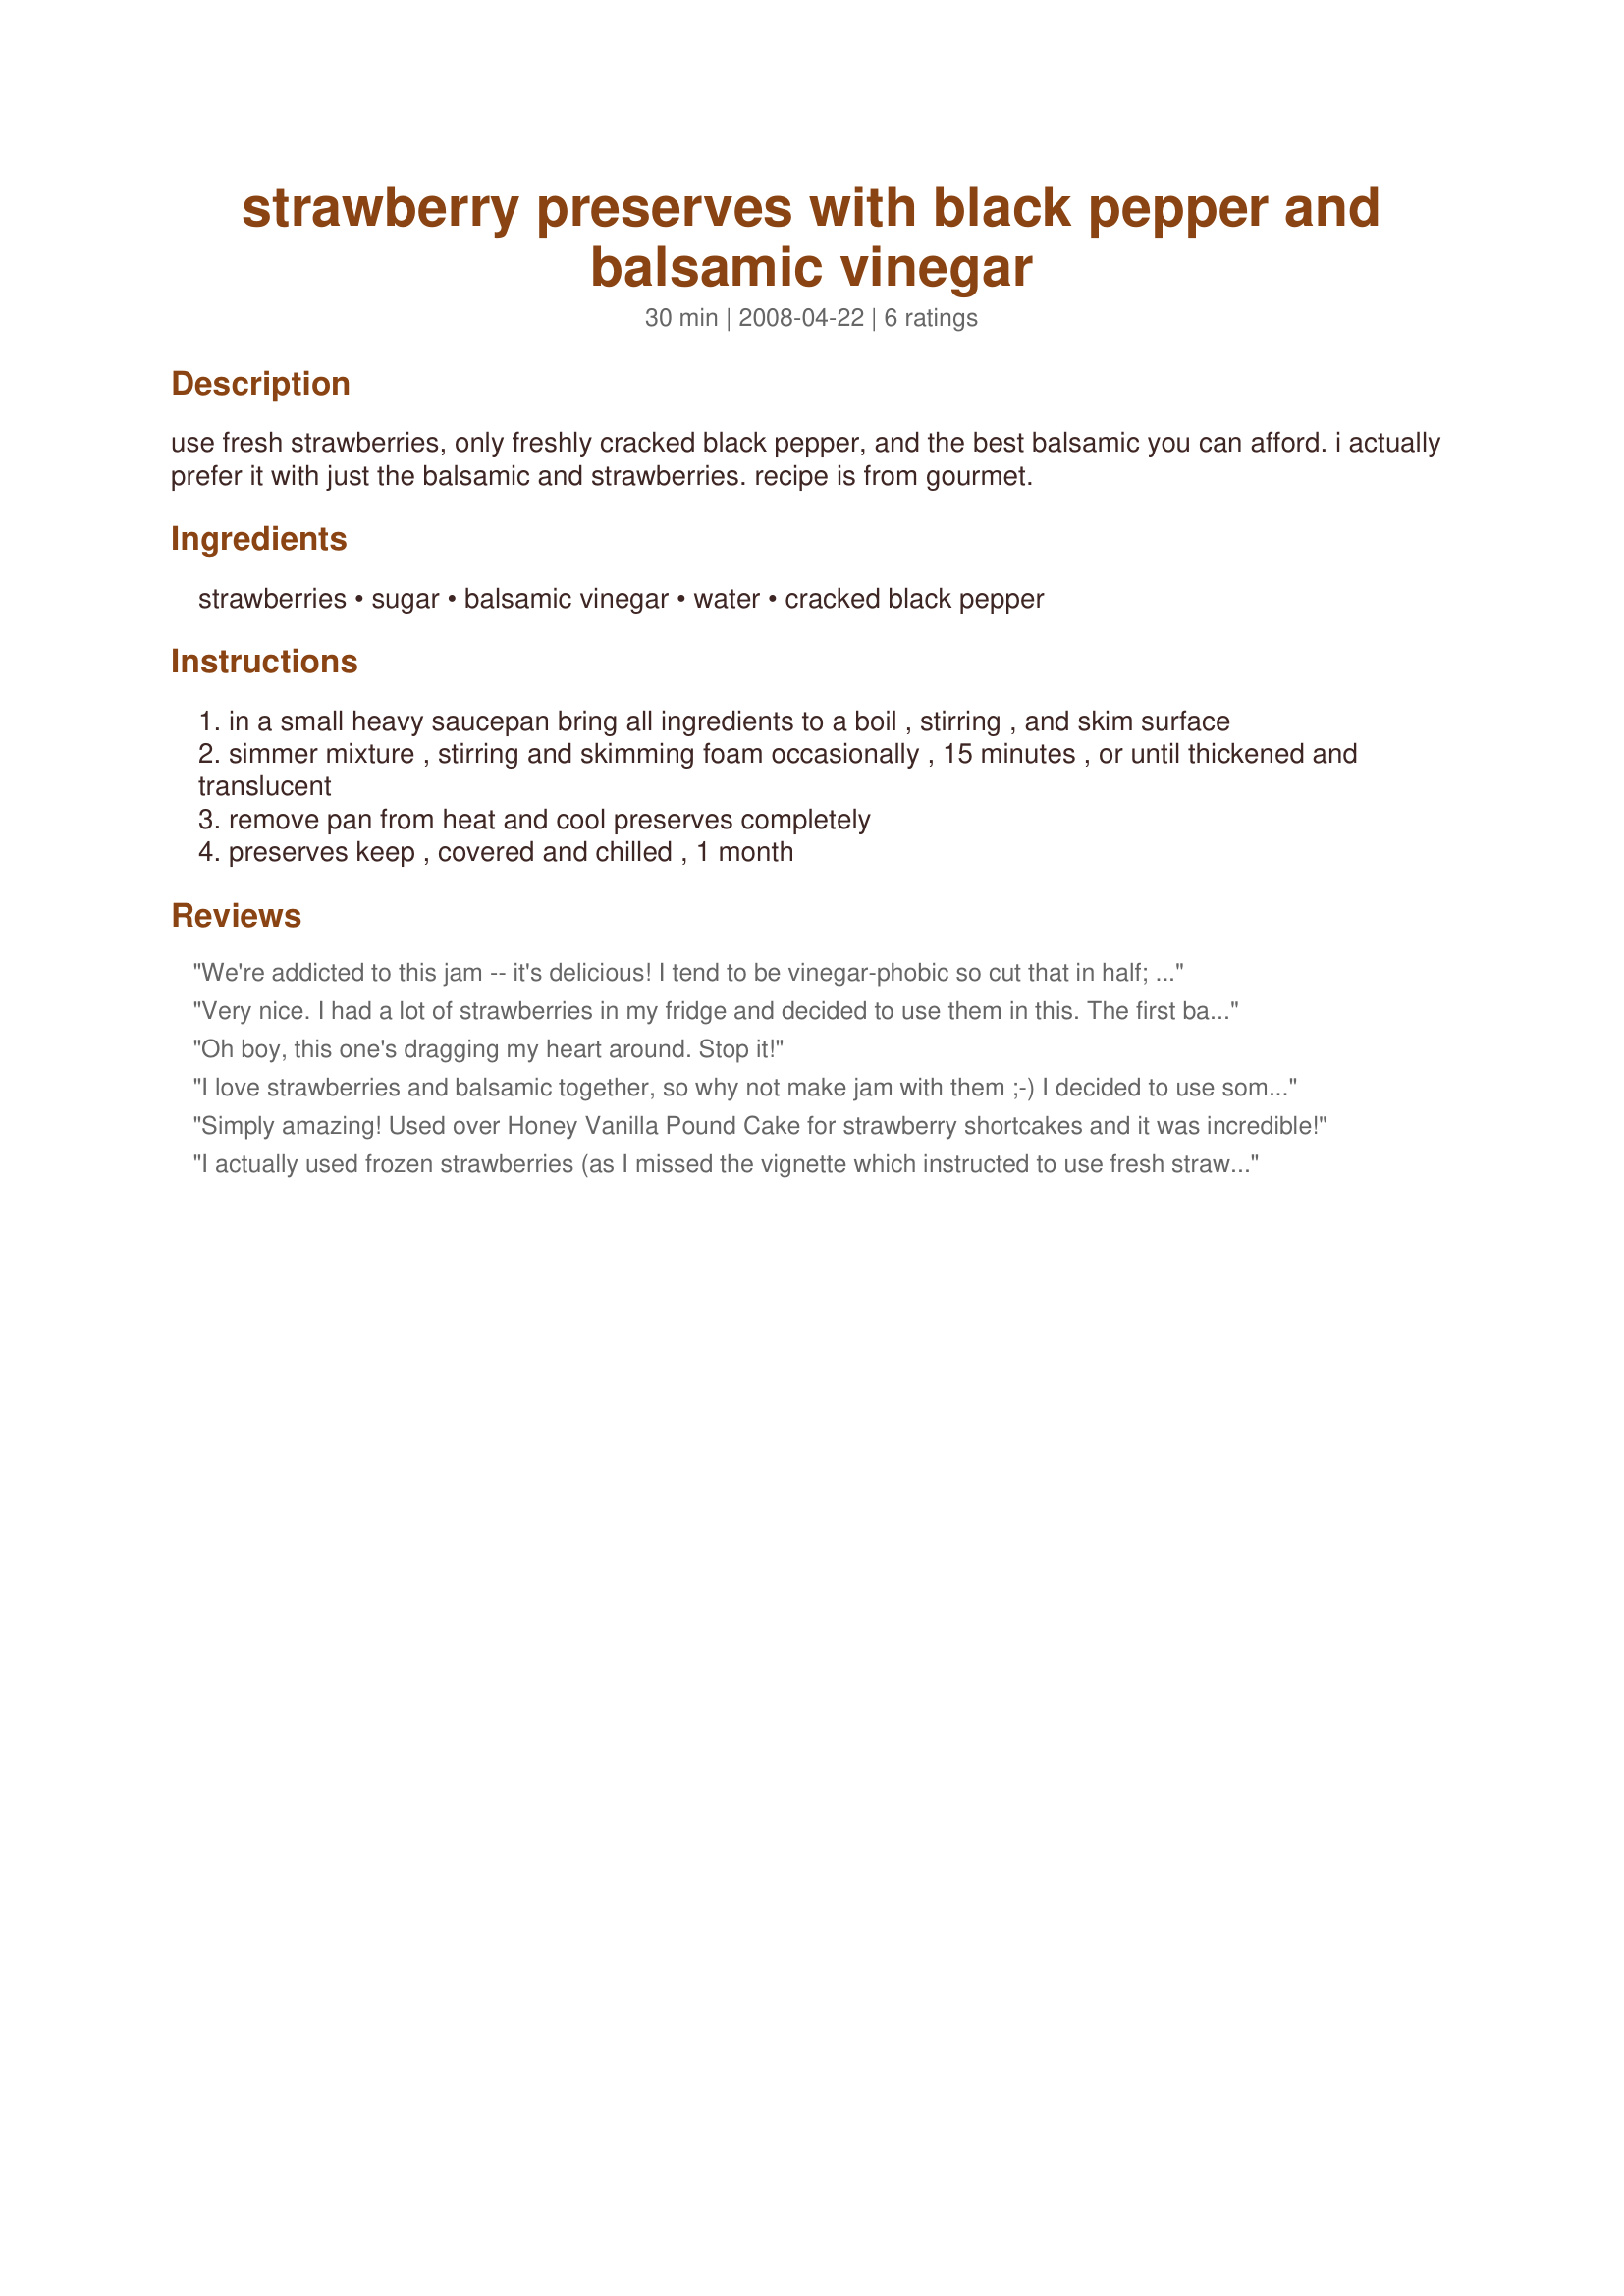
strawberry preserves with black pepper and balsamic vinegar
Preparation time: 30 minutes

use fresh strawberries, only freshly cracked black pepper, and the best balsamic you can afford. i actually prefer it with just the balsamic and strawberries. recipe is from gourmet.

Ingredients:
strawberries, sugar, balsamic vinegar, water, cracked black pepper

Steps:
in a small heavy saucepan bring all ingredients to a boil , stirring , and skim surface
simmer mixture , stirring and skimming foam occasionally , 15 minutes , or until thickened and translucent
remove pan from heat and cool preserves completely
preserves keep , covered and chilled , 1 month

Reviews:
We're addicted to this jam -- it's delicious! I tend to be vinegar-phobic so cut that in half; we also adore black pepper, so increase it by half. Also, once the strawberries cook down, I use a potato masher to break them up a bit more and I like that consistency. The black pepper kick in this jam is really fun, and it's great on toasted English muffins, as well as on peanut butter & jelly sandwiches (made with whole wheat bread.) I wish this was a canning recipe so I could make more at a time and store it on a shelf - we love it!
Very nice. I had a lot of strawberries in my fridge and decided to use them in this. The first batch I made following directions exactly, but I had a hard time skimming the foam with the chunks of strawberries in it, so I made a second (doubled) batch, using less pepper and running the strawberries through the food processor first to smooth it out. It's cooling right now but seems to have turned out even better than the first batch. Delicious on toasted Italian bread!
Oh boy, this one's dragging my heart around. Stop it!
I love strawberries and balsamic together, so why not make jam with them ;-) I decided to use some pectin because of past failures with sour cherry jam that was just cooked down. It came out perfect! I agree that an aged balsamic makes a world of difference.
Simply amazing! Used over Honey Vanilla Pound Cake for strawberry shortcakes and it was incredible!
I actually used frozen strawberries (as I missed the vignette which instructed to use fresh strawberries) and it turned out fine. The first batch took a while to gel up - I recommend boiling in high heat so it gels up faster.
